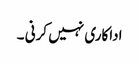
اداکاری نہیں کرنی ۔